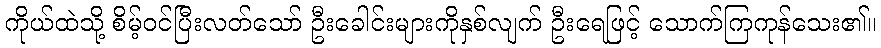
ကိုယ်ထဲသို့ စိမ့်ဝင်ပြီးလတ်သော် ဦးခေါင်းများကိုနှစ်လျက် ဦးရေဖြင့် သောက်ကြကုန်သေး၏။